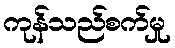
ကုန်သည်စက်မှု